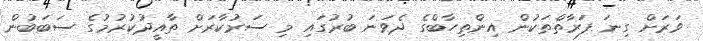
ވަރަށް ގިނަ ފަރާތްތަކުން އިންތިހާބްގެ ދެވަނަ ބުރުގައި މި ސަރުކާރަށް ތާއީދުކުރުމުގެ ސަބަބުން